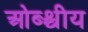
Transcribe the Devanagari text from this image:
ओब्श्चीय